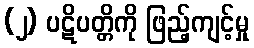
(၂) ပဋိပတ္တိကို ဖြည့်ကျင့်မှု